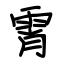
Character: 霄